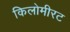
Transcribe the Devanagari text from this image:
किलोमीरट